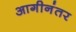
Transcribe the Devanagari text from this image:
आगीनंतर